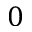
0